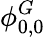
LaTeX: \phi_{0,0}^{G}